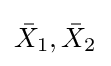
{\bar {X}}_{1},{\bar {X}}_{2}